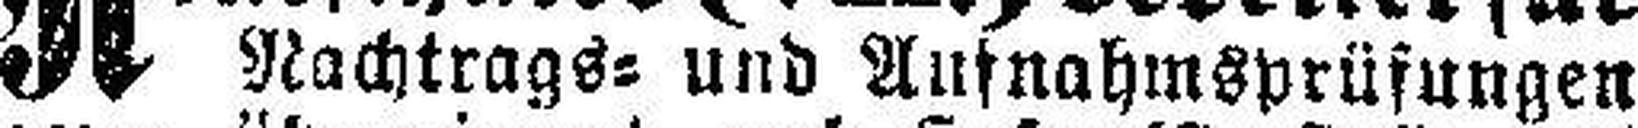
Nachtrags= und Aufnahmsprüfungen